342_HS1-416511228_319.1 Flying Discs 1949
Agency: Department of War
Incident date: 1/9/50
Page 138
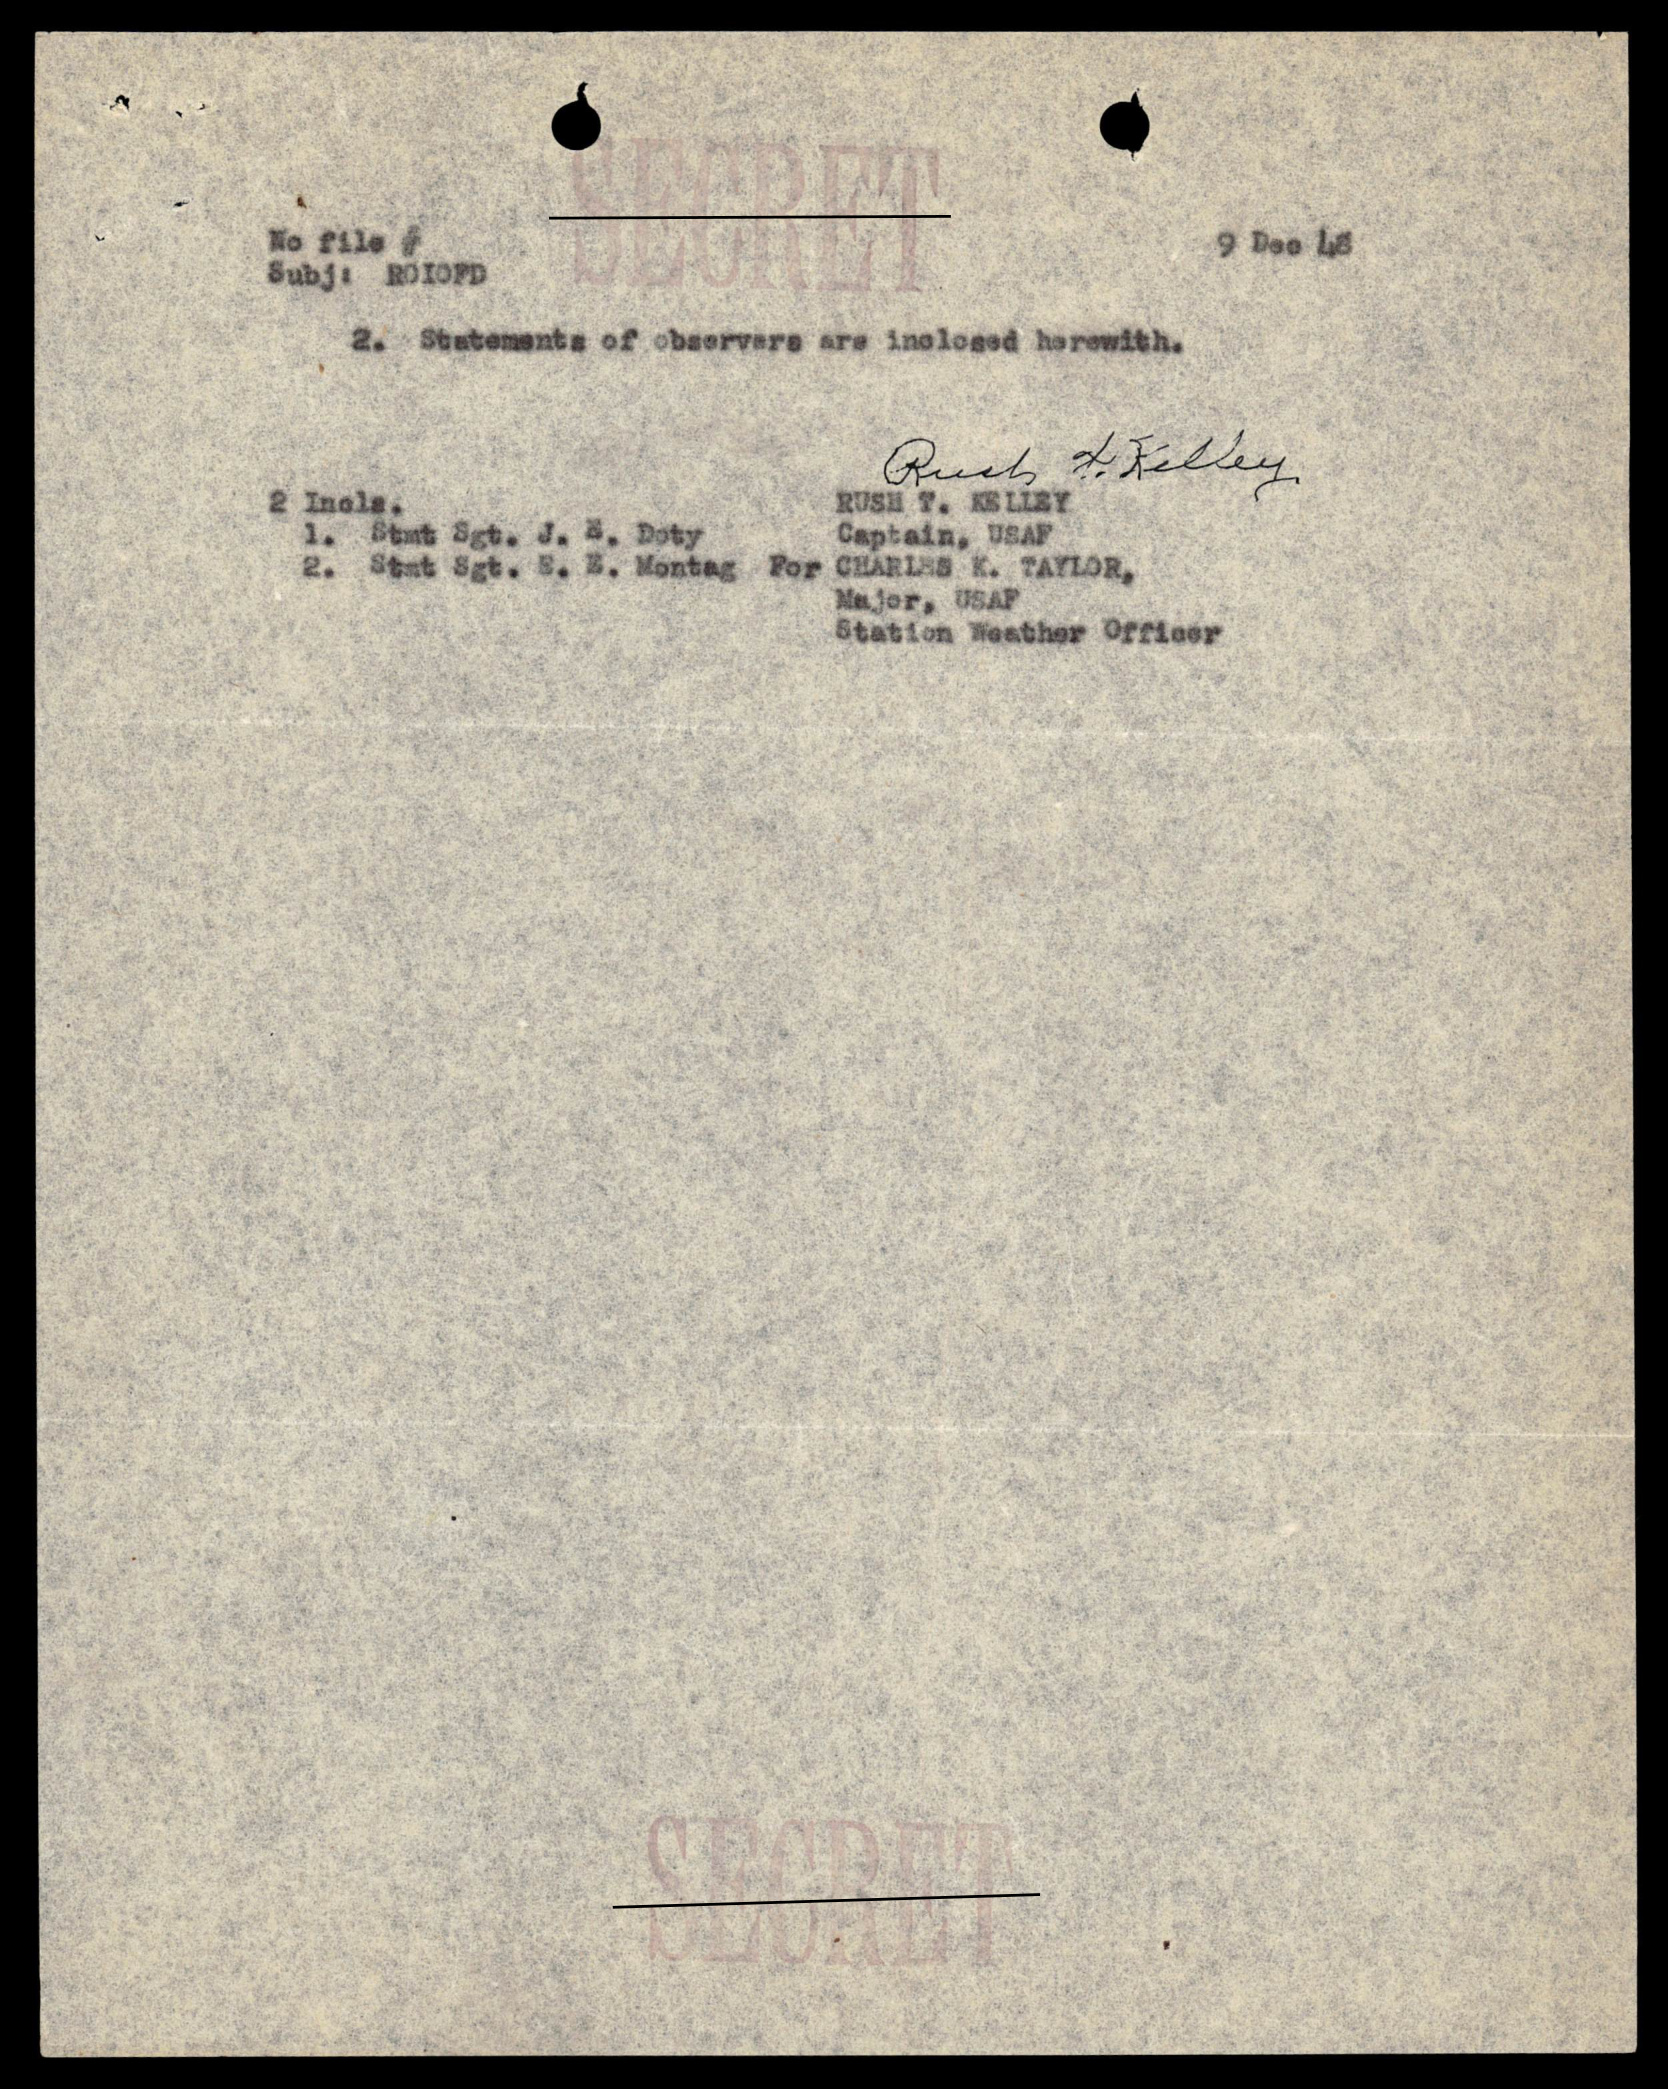